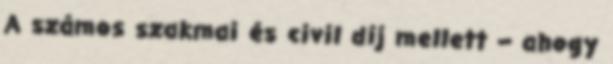
A számos szakmai és civil díj mellett – ahogy